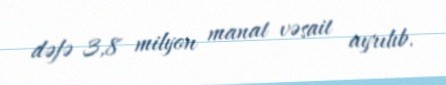
dəfə 3,8 milyon manat vəsait ayrılıb.